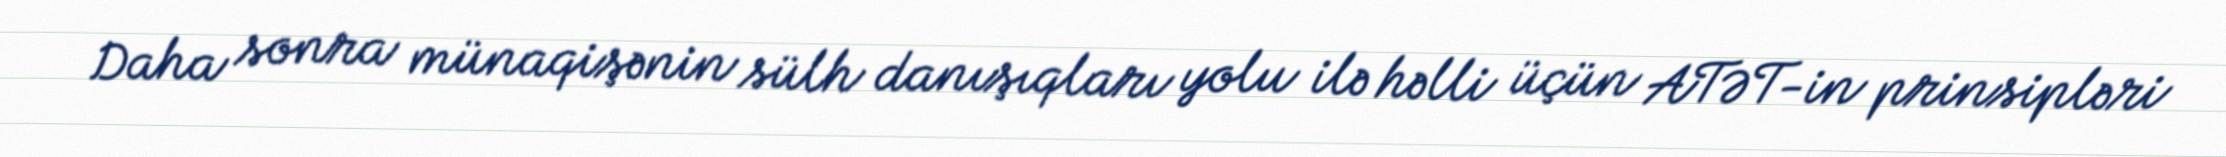
Daha sonra münaqişənin sülh danışıqları yolu ilə həlli üçün ATƏT-in prinsipləri